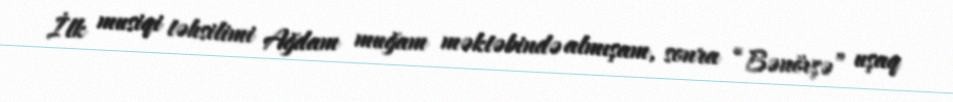
İlk musiqi təhsilimi Ağdam muğam məktəbində almışam, sonra “Bənövşə” uşaq